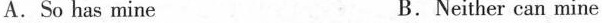
A.So has mine B.Neither can mine